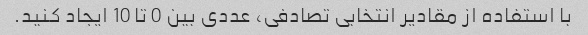
با استفاده از مقادیر انتخابی تصادفی، عددی بین 0 تا 10 ایجاد کنید.